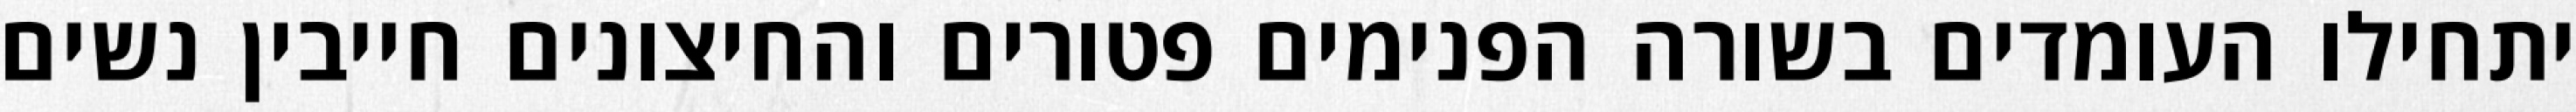
יתחילו העומדים בשורה הפנימים פטורים והחיצונים חייבין נשים